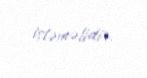
işləməlidir.